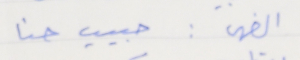
الضهر: حبيب حنا